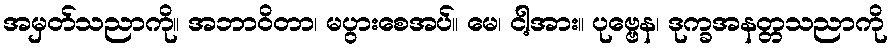
အမှတ်သညာကို။ အဘာဝိတာ၊ မပွားစေအပ်။ မေ၊ ငါ့အား။ ပုဗ္ဗေန၊ ဒုက္ခအနတ္တသညာကို